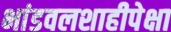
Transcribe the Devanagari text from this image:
भांडवलशाहीपेक्षा